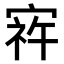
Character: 𫳠